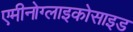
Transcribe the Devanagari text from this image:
एमीनोग्लाइकोसाइड